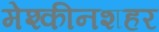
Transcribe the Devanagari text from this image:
मेश्कीनशहर